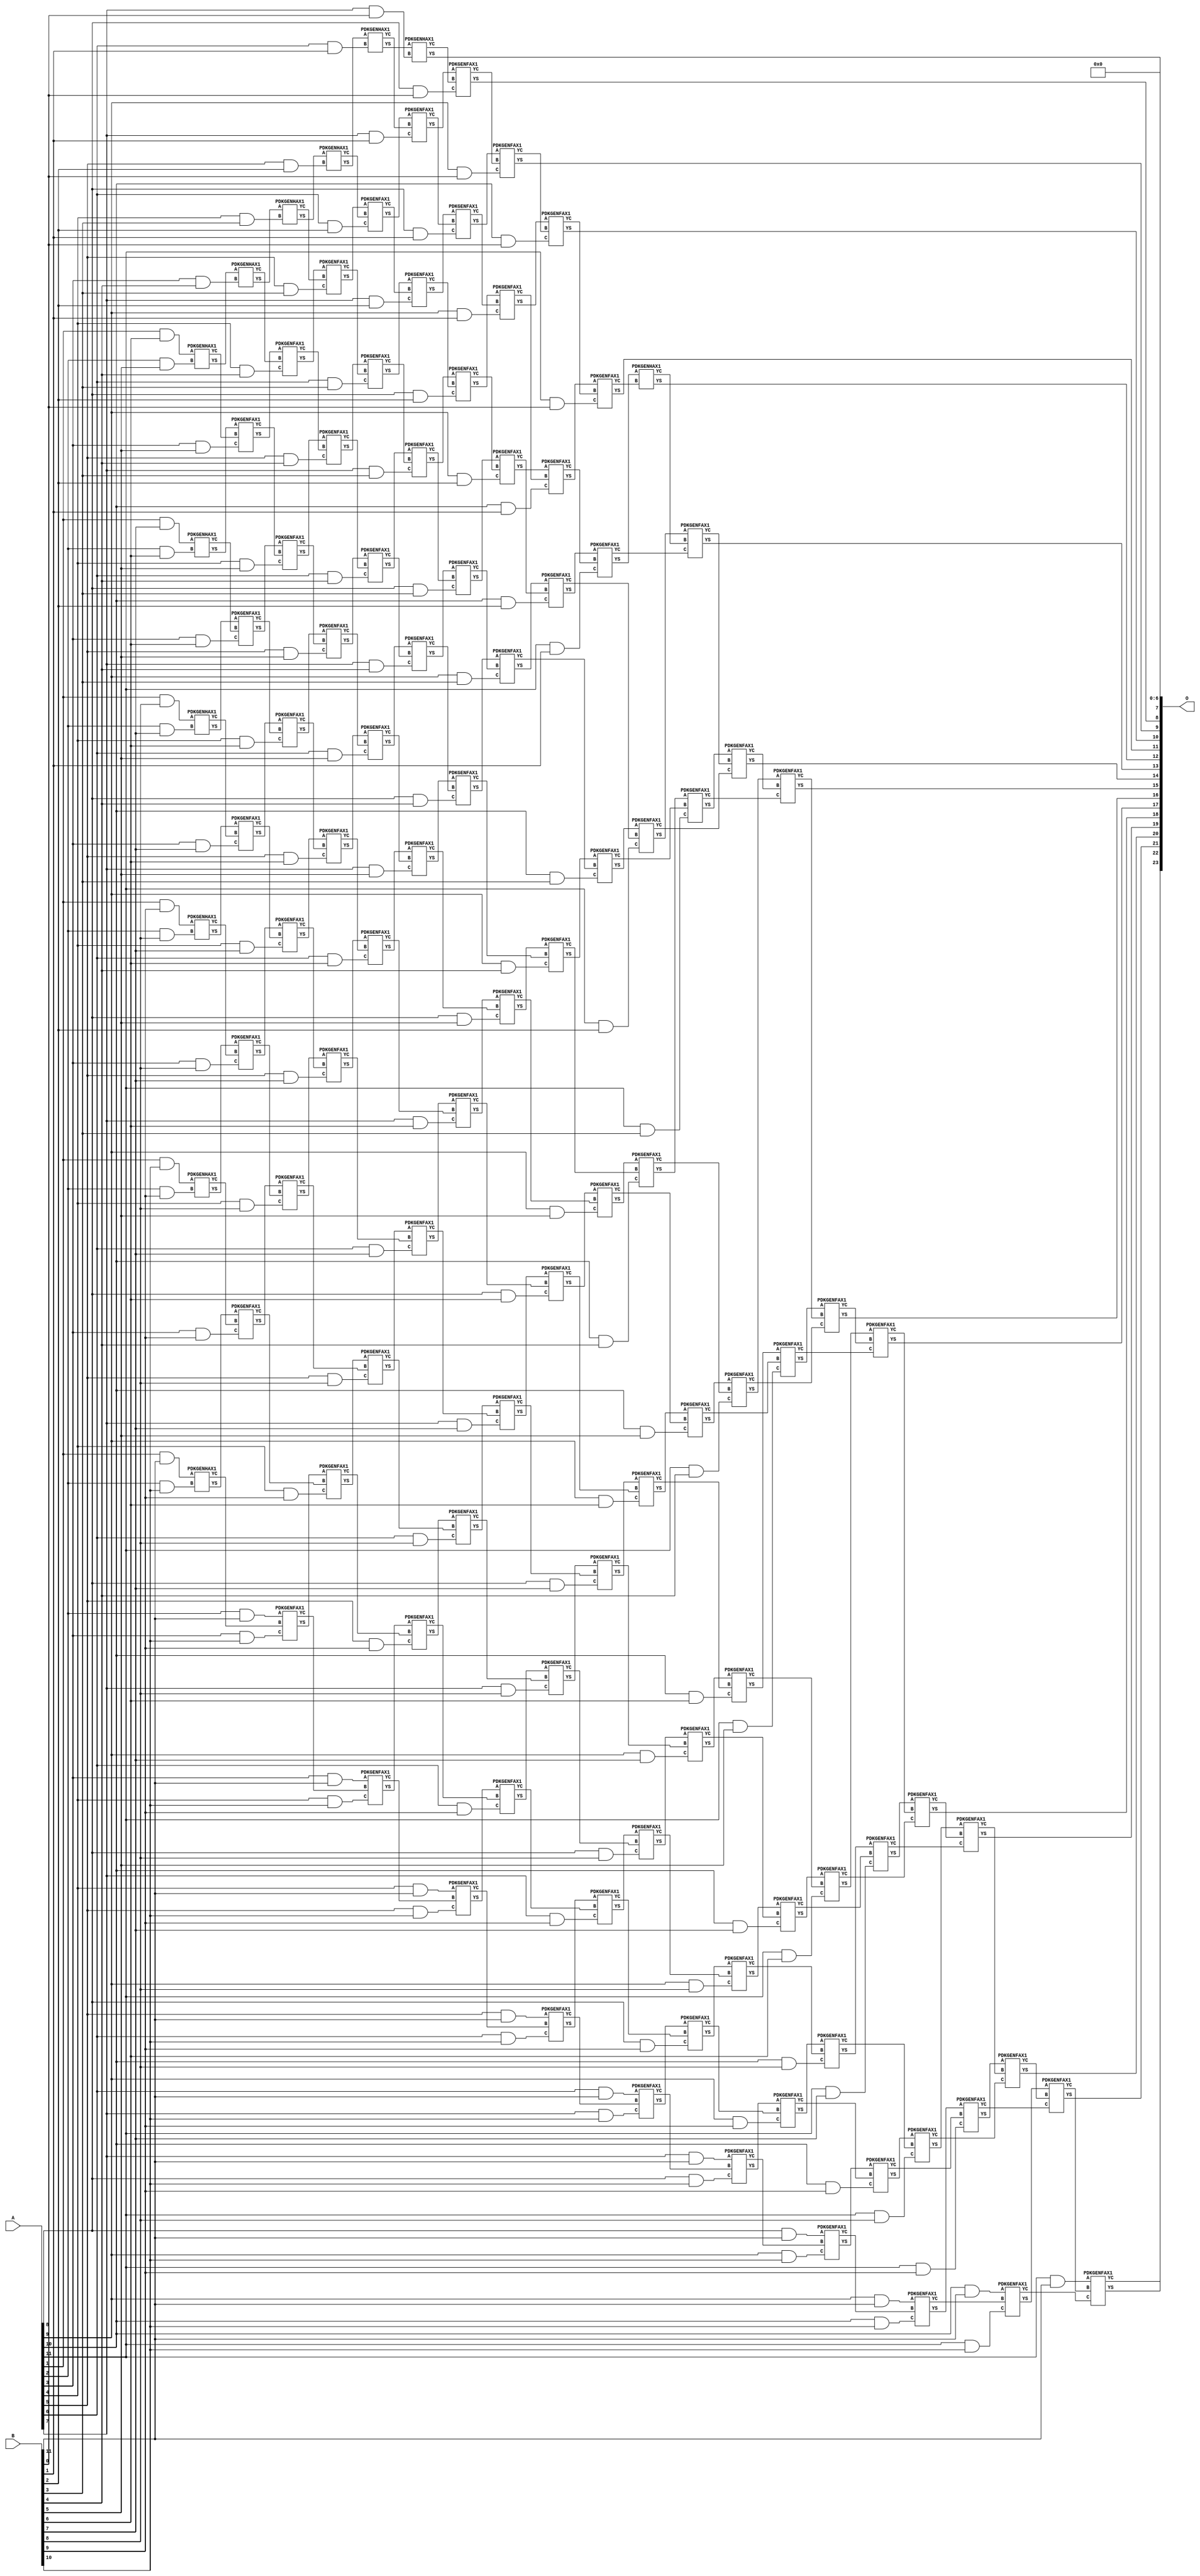
/***
* This code is a part of EvoApproxLib library (ehw.fit.vutbr.cz/approxlib) distributed under The MIT License.
* When used, please cite the following article(s): V. Mrazek, Z. Vasicek, L. Sekanina, H. Jiang and J. Han, "Scalable Construction of Approximate Multipliers With Formally Guaranteed Worst Case Error" in IEEE Transactions on Very Large Scale Integration (VLSI) Systems, vol. 26, no. 11, pp. 2572-2576, Nov. 2018. doi: 10.1109/TVLSI.2018.2856362 
* This file contains a circuit from a sub-set of pareto optimal circuits with respect to the pwr and mre parameters
***/
// MAE% = 0.0071 %
// MAE = 1184 
// WCE% = 0.028 %
// WCE = 4737 
// WCRE% = 100.00 %
// EP% = 96.86 %
// MRE% = 0.16 %
// MSE = 31611.022e2 
// PDK45_PWR = 0.925 mW
// PDK45_AREA = 1274.6 um2
// PDK45_DELAY = 2.22 ns


module mul12u_2ER ( A, B, O );
  input [11:0] A;
  input [11:0] B;
  output [23:0] O;

  wire C_10_0,C_10_1,C_10_10,C_10_2,C_10_3,C_10_4,C_10_5,C_10_6,C_10_7,C_10_8,C_10_9,C_11_0,C_11_1,C_11_10,C_11_2,C_11_3,C_11_4,C_11_5,C_11_6,C_11_7,C_11_8,C_11_9,C_12_0,C_12_1,C_12_10,C_12_2,C_12_3,C_12_4,C_12_5,C_12_6,C_12_7,C_12_8,C_12_9,C_2_10,C_2_5,C_2_6,C_2_7,C_2_8,C_2_9,C_3_10,C_3_4,C_3_5,C_3_6,C_3_7,C_3_8,C_3_9,C_4_10,C_4_3,C_4_4,C_4_5,C_4_6,C_4_7,C_4_8,C_4_9,C_5_10,C_5_2,C_5_3,C_5_4,C_5_5,C_5_6,C_5_7,C_5_8,C_5_9,C_6_1,C_6_10,C_6_2,C_6_3,C_6_4,C_6_5,C_6_6,C_6_7,C_6_8,C_6_9,C_7_0,C_7_1,C_7_10,C_7_2,C_7_3,C_7_4,C_7_5,C_7_6,C_7_7,C_7_8,C_7_9,C_8_0,C_8_1,C_8_10,C_8_2,C_8_3,C_8_4,C_8_5,C_8_6,C_8_7,C_8_8,C_8_9,C_9_0,C_9_1,C_9_10,C_9_2,C_9_3,C_9_4,C_9_5,C_9_6,C_9_7,C_9_8,C_9_9,S_10_0,S_10_1,S_10_10,S_10_11,S_10_2,S_10_3,S_10_4,S_10_5,S_10_6,S_10_7,S_10_8,S_10_9,S_11_0,S_11_1,S_11_10,S_11_11,S_11_2,S_11_3,S_11_4,S_11_5,S_11_6,S_11_7,S_11_8,S_11_9,S_12_0,S_12_1,S_12_10,S_12_11,S_12_2,S_12_3,S_12_4,S_12_5,S_12_6,S_12_7,S_12_8,S_12_9,S_1_10,S_1_11,S_1_6,S_1_7,S_1_8,S_1_9,S_2_10,S_2_11,S_2_5,S_2_6,S_2_7,S_2_8,S_2_9,S_3_10,S_3_11,S_3_4,S_3_5,S_3_6,S_3_7,S_3_8,S_3_9,S_4_10,S_4_11,S_4_3,S_4_4,S_4_5,S_4_6,S_4_7,S_4_8,S_4_9,S_5_10,S_5_11,S_5_2,S_5_3,S_5_4,S_5_5,S_5_6,S_5_7,S_5_8,S_5_9,S_6_1,S_6_10,S_6_11,S_6_2,S_6_3,S_6_4,S_6_5,S_6_6,S_6_7,S_6_8,S_6_9,S_7_0,S_7_1,S_7_10,S_7_11,S_7_2,S_7_3,S_7_4,S_7_5,S_7_6,S_7_7,S_7_8,S_7_9,S_8_0,S_8_1,S_8_10,S_8_11,S_8_2,S_8_3,S_8_4,S_8_5,S_8_6,S_8_7,S_8_8,S_8_9,S_9_0,S_9_1,S_9_10,S_9_11,S_9_2,S_9_3,S_9_4,S_9_5,S_9_6,S_9_7,S_9_8,S_9_9;

  assign S_1_6 = (A[1] & B[6]);
  assign S_1_7 = (A[1] & B[7]);
  assign S_1_8 = (A[1] & B[8]);
  assign S_1_9 = (A[1] & B[9]);
  assign S_1_10 = (A[1] & B[10]);
  assign S_1_11 = (A[1] & B[11]);
  PDKGENHAX1 U20862 (.A(S_1_6), .B((A[2] & B[5])), .YS(S_2_5), .YC(C_2_5));
  PDKGENHAX1 U20863 (.A(S_1_7), .B((A[2] & B[6])), .YS(S_2_6), .YC(C_2_6));
  PDKGENHAX1 U20864 (.A(S_1_8), .B((A[2] & B[7])), .YS(S_2_7), .YC(C_2_7));
  PDKGENHAX1 U20865 (.A(S_1_9), .B((A[2] & B[8])), .YS(S_2_8), .YC(C_2_8));
  PDKGENHAX1 U20866 (.A(S_1_10), .B((A[2] & B[9])), .YS(S_2_9), .YC(C_2_9));
  PDKGENHAX1 U20867 (.A(S_1_11), .B((A[2] & B[10])), .YS(S_2_10), .YC(C_2_10));
  assign S_2_11 = (A[2] & B[11]);
  PDKGENHAX1 U20873 (.A(S_2_5), .B((A[3] & B[4])), .YS(S_3_4), .YC(C_3_4));
  PDKGENFAX1 U20874 (.A(S_2_6), .B(C_2_5), .C((A[3] & B[5])), .YS(S_3_5), .YC(C_3_5));
  PDKGENFAX1 U20875 (.A(S_2_7), .B(C_2_6), .C((A[3] & B[6])), .YS(S_3_6), .YC(C_3_6));
  PDKGENFAX1 U20876 (.A(S_2_8), .B(C_2_7), .C((A[3] & B[7])), .YS(S_3_7), .YC(C_3_7));
  PDKGENFAX1 U20877 (.A(S_2_9), .B(C_2_8), .C((A[3] & B[8])), .YS(S_3_8), .YC(C_3_8));
  PDKGENFAX1 U20878 (.A(S_2_10), .B(C_2_9), .C((A[3] & B[9])), .YS(S_3_9), .YC(C_3_9));
  PDKGENFAX1 U20879 (.A(S_2_11), .B(C_2_10), .C((A[3] & B[10])), .YS(S_3_10), .YC(C_3_10));
  assign S_3_11 = (A[3] & B[11]);
  PDKGENHAX1 U20884 (.A(S_3_4), .B((A[4] & B[3])), .YS(S_4_3), .YC(C_4_3));
  PDKGENFAX1 U20885 (.A(S_3_5), .B(C_3_4), .C((A[4] & B[4])), .YS(S_4_4), .YC(C_4_4));
  PDKGENFAX1 U20886 (.A(S_3_6), .B(C_3_5), .C((A[4] & B[5])), .YS(S_4_5), .YC(C_4_5));
  PDKGENFAX1 U20887 (.A(S_3_7), .B(C_3_6), .C((A[4] & B[6])), .YS(S_4_6), .YC(C_4_6));
  PDKGENFAX1 U20888 (.A(S_3_8), .B(C_3_7), .C((A[4] & B[7])), .YS(S_4_7), .YC(C_4_7));
  PDKGENFAX1 U20889 (.A(S_3_9), .B(C_3_8), .C((A[4] & B[8])), .YS(S_4_8), .YC(C_4_8));
  PDKGENFAX1 U20890 (.A(S_3_10), .B(C_3_9), .C((A[4] & B[9])), .YS(S_4_9), .YC(C_4_9));
  PDKGENFAX1 U20891 (.A(S_3_11), .B(C_3_10), .C((A[4] & B[10])), .YS(S_4_10), .YC(C_4_10));
  assign S_4_11 = (A[4] & B[11]);
  PDKGENHAX1 U20895 (.A(S_4_3), .B((A[5] & B[2])), .YS(S_5_2), .YC(C_5_2));
  PDKGENFAX1 U20896 (.A(S_4_4), .B(C_4_3), .C((A[5] & B[3])), .YS(S_5_3), .YC(C_5_3));
  PDKGENFAX1 U20897 (.A(S_4_5), .B(C_4_4), .C((A[5] & B[4])), .YS(S_5_4), .YC(C_5_4));
  PDKGENFAX1 U20898 (.A(S_4_6), .B(C_4_5), .C((A[5] & B[5])), .YS(S_5_5), .YC(C_5_5));
  PDKGENFAX1 U20899 (.A(S_4_7), .B(C_4_6), .C((A[5] & B[6])), .YS(S_5_6), .YC(C_5_6));
  PDKGENFAX1 U20900 (.A(S_4_8), .B(C_4_7), .C((A[5] & B[7])), .YS(S_5_7), .YC(C_5_7));
  PDKGENFAX1 U20901 (.A(S_4_9), .B(C_4_8), .C((A[5] & B[8])), .YS(S_5_8), .YC(C_5_8));
  PDKGENFAX1 U20902 (.A(S_4_10), .B(C_4_9), .C((A[5] & B[9])), .YS(S_5_9), .YC(C_5_9));
  PDKGENFAX1 U20903 (.A(S_4_11), .B(C_4_10), .C((A[5] & B[10])), .YS(S_5_10), .YC(C_5_10));
  assign S_5_11 = (A[5] & B[11]);
  PDKGENHAX1 U20906 (.A(S_5_2), .B((A[6] & B[1])), .YS(S_6_1), .YC(C_6_1));
  PDKGENFAX1 U20907 (.A(S_5_3), .B(C_5_2), .C((A[6] & B[2])), .YS(S_6_2), .YC(C_6_2));
  PDKGENFAX1 U20908 (.A(S_5_4), .B(C_5_3), .C((A[6] & B[3])), .YS(S_6_3), .YC(C_6_3));
  PDKGENFAX1 U20909 (.A(S_5_5), .B(C_5_4), .C((A[6] & B[4])), .YS(S_6_4), .YC(C_6_4));
  PDKGENFAX1 U20910 (.A(S_5_6), .B(C_5_5), .C((A[6] & B[5])), .YS(S_6_5), .YC(C_6_5));
  PDKGENFAX1 U20911 (.A(S_5_7), .B(C_5_6), .C((A[6] & B[6])), .YS(S_6_6), .YC(C_6_6));
  PDKGENFAX1 U20912 (.A(S_5_8), .B(C_5_7), .C((A[6] & B[7])), .YS(S_6_7), .YC(C_6_7));
  PDKGENFAX1 U20913 (.A(S_5_9), .B(C_5_8), .C((A[6] & B[8])), .YS(S_6_8), .YC(C_6_8));
  PDKGENFAX1 U20914 (.A(S_5_10), .B(C_5_9), .C((A[6] & B[9])), .YS(S_6_9), .YC(C_6_9));
  PDKGENFAX1 U20915 (.A(S_5_11), .B(C_5_10), .C((A[6] & B[10])), .YS(S_6_10), .YC(C_6_10));
  assign S_6_11 = (A[6] & B[11]);
  PDKGENHAX1 U20917 (.A(S_6_1), .B((A[7] & B[0])), .YS(S_7_0), .YC(C_7_0));
  PDKGENFAX1 U20918 (.A(S_6_2), .B(C_6_1), .C((A[7] & B[1])), .YS(S_7_1), .YC(C_7_1));
  PDKGENFAX1 U20919 (.A(S_6_3), .B(C_6_2), .C((A[7] & B[2])), .YS(S_7_2), .YC(C_7_2));
  PDKGENFAX1 U20920 (.A(S_6_4), .B(C_6_3), .C((A[7] & B[3])), .YS(S_7_3), .YC(C_7_3));
  PDKGENFAX1 U20921 (.A(S_6_5), .B(C_6_4), .C((A[7] & B[4])), .YS(S_7_4), .YC(C_7_4));
  PDKGENFAX1 U20922 (.A(S_6_6), .B(C_6_5), .C((A[7] & B[5])), .YS(S_7_5), .YC(C_7_5));
  PDKGENFAX1 U20923 (.A(S_6_7), .B(C_6_6), .C((A[7] & B[6])), .YS(S_7_6), .YC(C_7_6));
  PDKGENFAX1 U20924 (.A(S_6_8), .B(C_6_7), .C((A[7] & B[7])), .YS(S_7_7), .YC(C_7_7));
  PDKGENFAX1 U20925 (.A(S_6_9), .B(C_6_8), .C((A[7] & B[8])), .YS(S_7_8), .YC(C_7_8));
  PDKGENFAX1 U20926 (.A(S_6_10), .B(C_6_9), .C((A[7] & B[9])), .YS(S_7_9), .YC(C_7_9));
  PDKGENFAX1 U20927 (.A(S_6_11), .B(C_6_10), .C((A[7] & B[10])), .YS(S_7_10), .YC(C_7_10));
  assign S_7_11 = (A[7] & B[11]);
  PDKGENFAX1 U20929 (.A(S_7_1), .B(C_7_0), .C((A[8] & B[0])), .YS(S_8_0), .YC(C_8_0));
  PDKGENFAX1 U20930 (.A(S_7_2), .B(C_7_1), .C((A[8] & B[1])), .YS(S_8_1), .YC(C_8_1));
  PDKGENFAX1 U20931 (.A(S_7_3), .B(C_7_2), .C((A[8] & B[2])), .YS(S_8_2), .YC(C_8_2));
  PDKGENFAX1 U20932 (.A(S_7_4), .B(C_7_3), .C((A[8] & B[3])), .YS(S_8_3), .YC(C_8_3));
  PDKGENFAX1 U20933 (.A(S_7_5), .B(C_7_4), .C((A[8] & B[4])), .YS(S_8_4), .YC(C_8_4));
  PDKGENFAX1 U20934 (.A(S_7_6), .B(C_7_5), .C((A[8] & B[5])), .YS(S_8_5), .YC(C_8_5));
  PDKGENFAX1 U20935 (.A(S_7_7), .B(C_7_6), .C((A[8] & B[6])), .YS(S_8_6), .YC(C_8_6));
  PDKGENFAX1 U20936 (.A(S_7_8), .B(C_7_7), .C((A[8] & B[7])), .YS(S_8_7), .YC(C_8_7));
  PDKGENFAX1 U20937 (.A(S_7_9), .B(C_7_8), .C((A[8] & B[8])), .YS(S_8_8), .YC(C_8_8));
  PDKGENFAX1 U20938 (.A(S_7_10), .B(C_7_9), .C((A[8] & B[9])), .YS(S_8_9), .YC(C_8_9));
  PDKGENFAX1 U20939 (.A(S_7_11), .B(C_7_10), .C((A[8] & B[10])), .YS(S_8_10), .YC(C_8_10));
  assign S_8_11 = (A[8] & B[11]);
  PDKGENFAX1 U20941 (.A(S_8_1), .B(C_8_0), .C((A[9] & B[0])), .YS(S_9_0), .YC(C_9_0));
  PDKGENFAX1 U20942 (.A(S_8_2), .B(C_8_1), .C((A[9] & B[1])), .YS(S_9_1), .YC(C_9_1));
  PDKGENFAX1 U20943 (.A(S_8_3), .B(C_8_2), .C((A[9] & B[2])), .YS(S_9_2), .YC(C_9_2));
  PDKGENFAX1 U20944 (.A(S_8_4), .B(C_8_3), .C((A[9] & B[3])), .YS(S_9_3), .YC(C_9_3));
  PDKGENFAX1 U20945 (.A(S_8_5), .B(C_8_4), .C((A[9] & B[4])), .YS(S_9_4), .YC(C_9_4));
  PDKGENFAX1 U20946 (.A(S_8_6), .B(C_8_5), .C((A[9] & B[5])), .YS(S_9_5), .YC(C_9_5));
  PDKGENFAX1 U20947 (.A(S_8_7), .B(C_8_6), .C((A[9] & B[6])), .YS(S_9_6), .YC(C_9_6));
  PDKGENFAX1 U20948 (.A(S_8_8), .B(C_8_7), .C((A[9] & B[7])), .YS(S_9_7), .YC(C_9_7));
  PDKGENFAX1 U20949 (.A(S_8_9), .B(C_8_8), .C((A[9] & B[8])), .YS(S_9_8), .YC(C_9_8));
  PDKGENFAX1 U20950 (.A(S_8_10), .B(C_8_9), .C((A[9] & B[9])), .YS(S_9_9), .YC(C_9_9));
  PDKGENFAX1 U20951 (.A(S_8_11), .B(C_8_10), .C((A[9] & B[10])), .YS(S_9_10), .YC(C_9_10));
  assign S_9_11 = (A[9] & B[11]);
  PDKGENFAX1 U20953 (.A(S_9_1), .B(C_9_0), .C((A[10] & B[0])), .YS(S_10_0), .YC(C_10_0));
  PDKGENFAX1 U20954 (.A(S_9_2), .B(C_9_1), .C((A[10] & B[1])), .YS(S_10_1), .YC(C_10_1));
  PDKGENFAX1 U20955 (.A(S_9_3), .B(C_9_2), .C((A[10] & B[2])), .YS(S_10_2), .YC(C_10_2));
  PDKGENFAX1 U20956 (.A(S_9_4), .B(C_9_3), .C((A[10] & B[3])), .YS(S_10_3), .YC(C_10_3));
  PDKGENFAX1 U20957 (.A(S_9_5), .B(C_9_4), .C((A[10] & B[4])), .YS(S_10_4), .YC(C_10_4));
  PDKGENFAX1 U20958 (.A(S_9_6), .B(C_9_5), .C((A[10] & B[5])), .YS(S_10_5), .YC(C_10_5));
  PDKGENFAX1 U20959 (.A(S_9_7), .B(C_9_6), .C((A[10] & B[6])), .YS(S_10_6), .YC(C_10_6));
  PDKGENFAX1 U20960 (.A(S_9_8), .B(C_9_7), .C((A[10] & B[7])), .YS(S_10_7), .YC(C_10_7));
  PDKGENFAX1 U20961 (.A(S_9_9), .B(C_9_8), .C((A[10] & B[8])), .YS(S_10_8), .YC(C_10_8));
  PDKGENFAX1 U20962 (.A(S_9_10), .B(C_9_9), .C((A[10] & B[9])), .YS(S_10_9), .YC(C_10_9));
  PDKGENFAX1 U20963 (.A(S_9_11), .B(C_9_10), .C((A[10] & B[10])), .YS(S_10_10), .YC(C_10_10));
  assign S_10_11 = (A[10] & B[11]);
  PDKGENFAX1 U20965 (.A(S_10_1), .B(C_10_0), .C((A[11] & B[0])), .YS(S_11_0), .YC(C_11_0));
  PDKGENFAX1 U20966 (.A(S_10_2), .B(C_10_1), .C((A[11] & B[1])), .YS(S_11_1), .YC(C_11_1));
  PDKGENFAX1 U20967 (.A(S_10_3), .B(C_10_2), .C((A[11] & B[2])), .YS(S_11_2), .YC(C_11_2));
  PDKGENFAX1 U20968 (.A(S_10_4), .B(C_10_3), .C((A[11] & B[3])), .YS(S_11_3), .YC(C_11_3));
  PDKGENFAX1 U20969 (.A(S_10_5), .B(C_10_4), .C((A[11] & B[4])), .YS(S_11_4), .YC(C_11_4));
  PDKGENFAX1 U20970 (.A(S_10_6), .B(C_10_5), .C((A[11] & B[5])), .YS(S_11_5), .YC(C_11_5));
  PDKGENFAX1 U20971 (.A(S_10_7), .B(C_10_6), .C((A[11] & B[6])), .YS(S_11_6), .YC(C_11_6));
  PDKGENFAX1 U20972 (.A(S_10_8), .B(C_10_7), .C((A[11] & B[7])), .YS(S_11_7), .YC(C_11_7));
  PDKGENFAX1 U20973 (.A(S_10_9), .B(C_10_8), .C((A[11] & B[8])), .YS(S_11_8), .YC(C_11_8));
  PDKGENFAX1 U20974 (.A(S_10_10), .B(C_10_9), .C((A[11] & B[9])), .YS(S_11_9), .YC(C_11_9));
  PDKGENFAX1 U20975 (.A(S_10_11), .B(C_10_10), .C((A[11] & B[10])), .YS(S_11_10), .YC(C_11_10));
  assign S_11_11 = (A[11] & B[11]);
  PDKGENHAX1 U20977 (.A(S_11_1), .B(C_11_0), .YS(S_12_0), .YC(C_12_0));
  PDKGENFAX1 U20978 (.A(S_11_2), .B(C_12_0), .C(C_11_1), .YS(S_12_1), .YC(C_12_1));
  PDKGENFAX1 U20979 (.A(S_11_3), .B(C_12_1), .C(C_11_2), .YS(S_12_2), .YC(C_12_2));
  PDKGENFAX1 U20980 (.A(S_11_4), .B(C_12_2), .C(C_11_3), .YS(S_12_3), .YC(C_12_3));
  PDKGENFAX1 U20981 (.A(S_11_5), .B(C_12_3), .C(C_11_4), .YS(S_12_4), .YC(C_12_4));
  PDKGENFAX1 U20982 (.A(S_11_6), .B(C_12_4), .C(C_11_5), .YS(S_12_5), .YC(C_12_5));
  PDKGENFAX1 U20983 (.A(S_11_7), .B(C_12_5), .C(C_11_6), .YS(S_12_6), .YC(C_12_6));
  PDKGENFAX1 U20984 (.A(S_11_8), .B(C_12_6), .C(C_11_7), .YS(S_12_7), .YC(C_12_7));
  PDKGENFAX1 U20985 (.A(S_11_9), .B(C_12_7), .C(C_11_8), .YS(S_12_8), .YC(C_12_8));
  PDKGENFAX1 U20986 (.A(S_11_10), .B(C_12_8), .C(C_11_9), .YS(S_12_9), .YC(C_12_9));
  PDKGENFAX1 U20987 (.A(S_11_11), .B(C_12_9), .C(C_11_10), .YS(S_12_10), .YC(C_12_10));
  assign S_12_11 = C_12_10;
  assign O = {S_12_11,S_12_10,S_12_9,S_12_8,S_12_7,S_12_6,S_12_5,S_12_4,S_12_3,S_12_2,S_12_1,S_12_0,S_11_0,S_10_0,S_9_0,S_8_0,S_7_0,1'b0,1'b0,1'b0,1'b0,1'b0,1'b0,1'b0};

endmodule

/* mod */
module PDKGENHAX1( input A, input B, output YS, output YC );
    assign YS = A ^ B;
    assign YC = A & B;
endmodule
/* mod */
module PDKGENFAX1( input A, input B, input C, output YS, output YC );
    assign YS = (A ^ B) ^ C;
    assign YC = (A & B) | (B & C) | (A & C);
endmodule